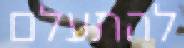
להתעלם